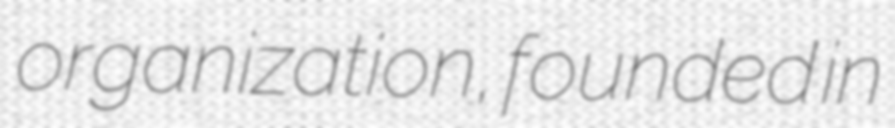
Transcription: organization, founded in